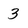
Character: 3